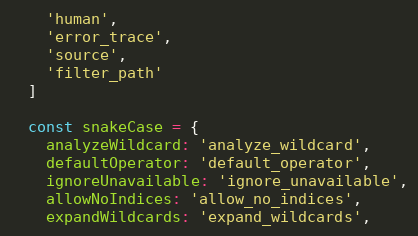
Language: JavaScript
    'human',
    'error_trace',
    'source',
    'filter_path'
  ]

  const snakeCase = {
    analyzeWildcard: 'analyze_wildcard',
    defaultOperator: 'default_operator',
    ignoreUnavailable: 'ignore_unavailable',
    allowNoIndices: 'allow_no_indices',
    expandWildcards: 'expand_wildcards',